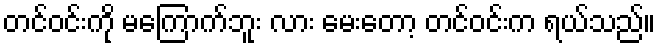
တင်ဝင်းကို မကြောက်ဘူး လား မေးတော့ တင်ဝင်းက ရယ်သည်။